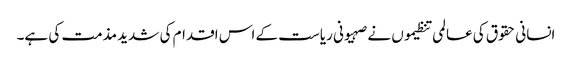
انسانی حقوق کی عالمی تنظیموں نے صہیونی ریاست کے اس اقدام کی شدید مذمت کی ہے۔